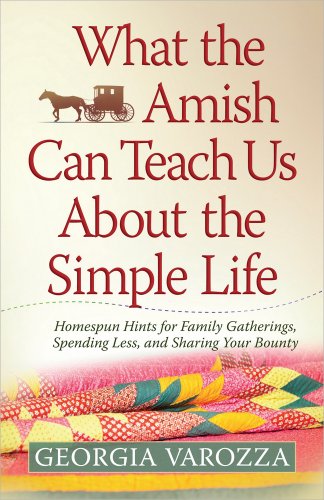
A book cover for What the Amish Can Teach Us About the Simple Life: Homespun Hints for Family Gatherings, Spending Less, and Sharing Your Bounty; Georgia Varozza; Christian Books & Bibles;